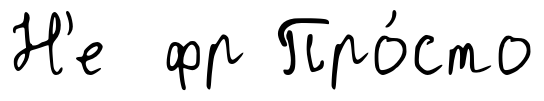
Н'е фр Про́сто